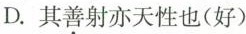
D.其善射亦天性也(好)